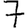
Digit: 7